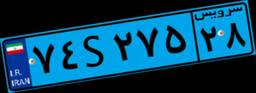
۷۴S۲۷۵۲۸